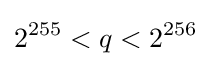
2^{255}<q<2^{256}